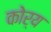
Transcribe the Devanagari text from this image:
कोर्य